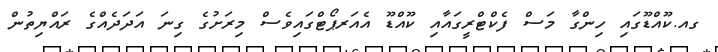
ގއ.ކޫއްޑޫގައި ހިންގާ މަސް ފެކްޓްރީގައާއި ކޫއްޑޫ އެއަރޕޯޓްގައިވެސް މިރަށުގެ ގިނަ އަދަދެއްގެ ރައްޔިތުން